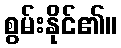
စွမ်းနိုင်၏။